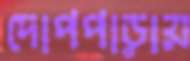
দোপপাড়ায়